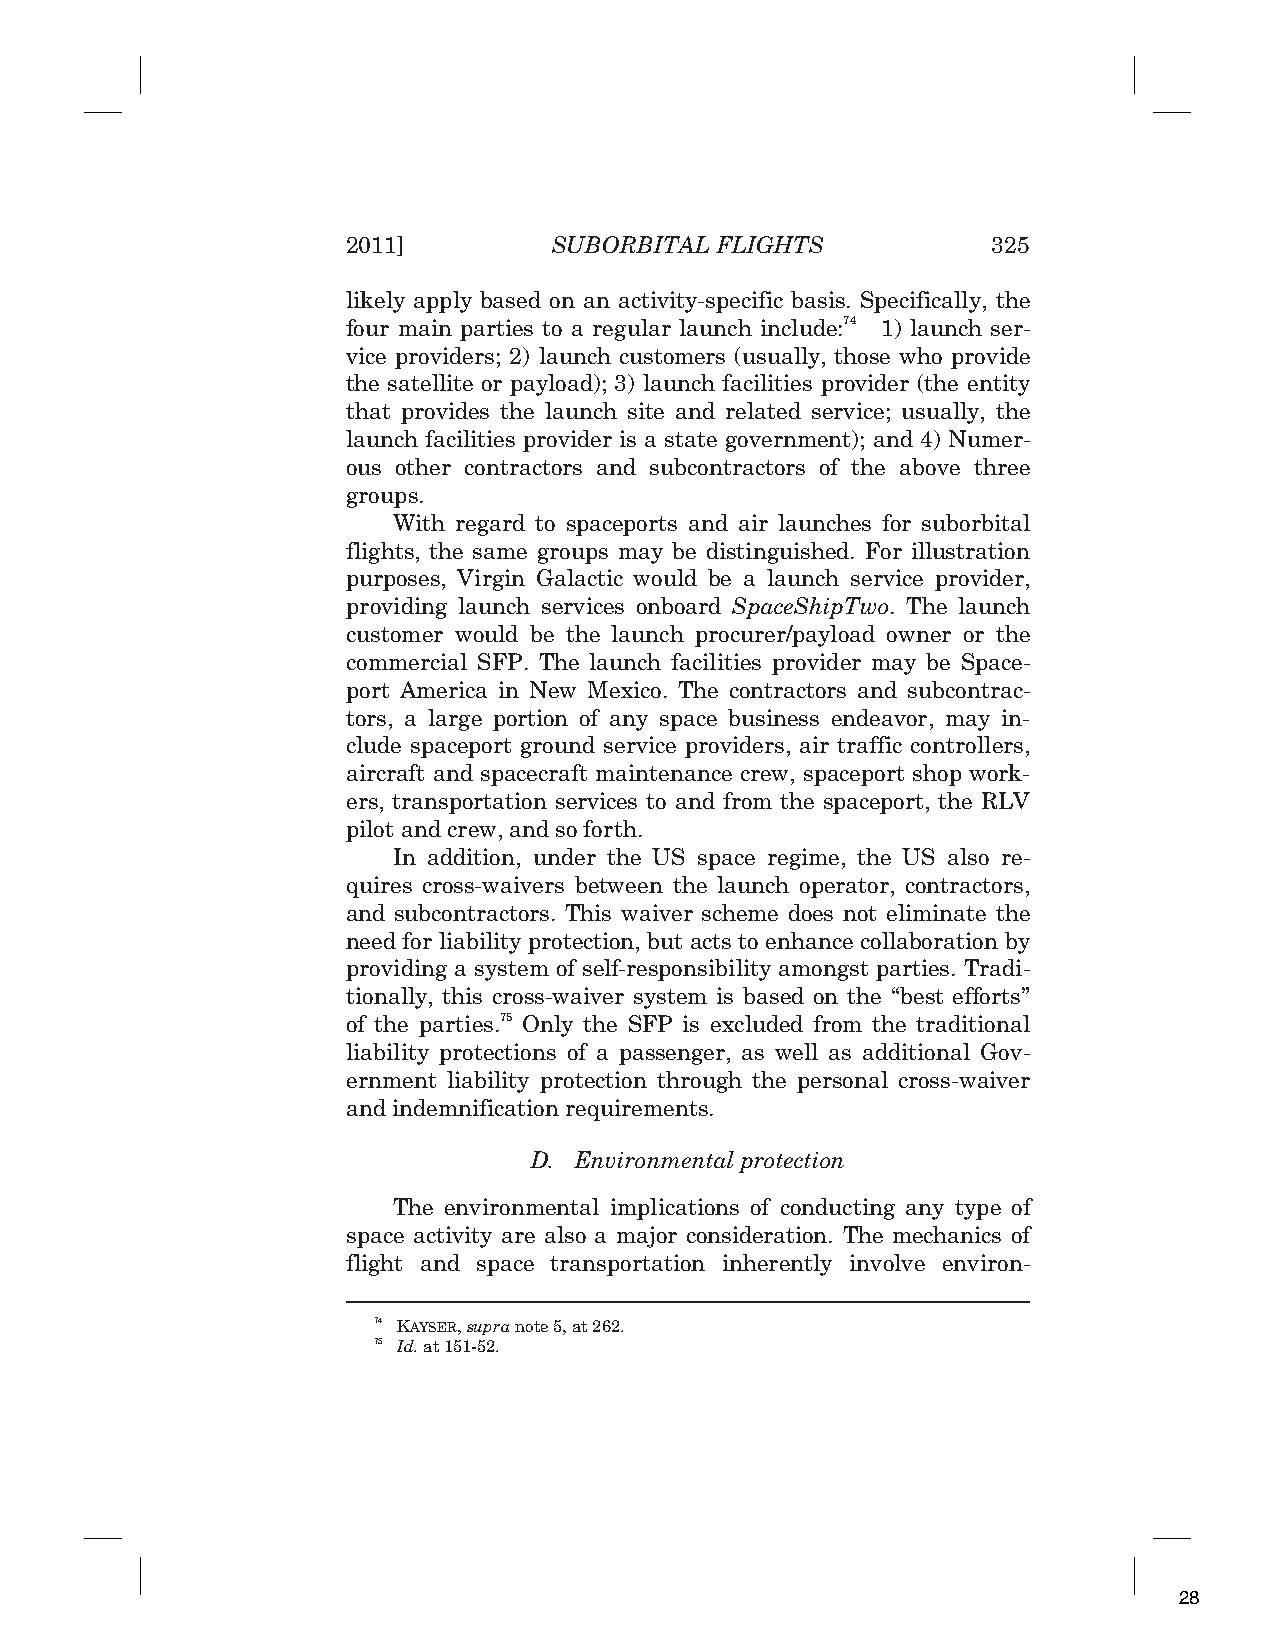
2011]         SUBORBITAL FLIGHTS           325
 likely apply based on an activity-specific basis. Specifically, the
 four main parties to a regular launch include:74 1) launch ser-
 vice providers; 2) launch customers (usually, those who provide
 the satellite or payload); 3) launch facilities provider (the entity
 that provides the launch site and related service; usually, the
 launch facilities provider is a state government); and 4) Numer-
 ous other contractors and subcontractors of the above three
 groups.
 With regard to spaceports and air launches for suborbital
 flights, the same groups may be distinguished. For illustration
 purposes, Virgin Galactic would be a launch service provider,
 providing launch services onboard SpaceShipTwo. The launch
 customer would be the launch procurer/payload owner or the
 commercial SFP. The launch facilities provider may be Space-
 port America in New Mexico. The contractors and subcontrac-
 tors, a large portion of any space business endeavor, may in-
 clude spaceport ground service providers, air traffic controllers,
 aircraft and spacecraft maintenance crew, spaceport shop work-
 ers, transportation services to and from the spaceport, the RLV
 pilot and crew, and so forth.
 In addition, under the US space regime, the US also re-
 quires cross-waivers between the launch operator, contractors,
 and subcontractors. This waiver scheme does not eliminate the
 need for liability protection, but acts to enhance collaboration by
 providing a system of self-responsibility amongst parties. Tradi-
 tionally, this cross-waiver system is based on the “best efforts”
 of the parties.75 Only the SFP is excluded from the traditional
 liability protections of a passenger, as well as additional Gov-
 ernment liability protection through the personal cross-waiver
 and indemnification requirements.
 D. Environmental protection
 The environmental implications of conducting any type of
 space activity are also a major consideration. The mechanics of
 flight and space transportation inherently involve environ-
 74 KAYSER,supra note 5, at 262.
 75 Id. at 151-52.
 28